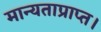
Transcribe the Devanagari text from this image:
मान्यताप्राप्त।